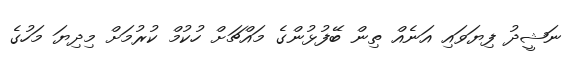
ނަޝީދު ފިޔަވައި އަނެއް ތިން ބޭފުޅުންގެ މައްޗަށް ހުކުމް ކުރުމަށް މިދިޔަ މަހުގެ